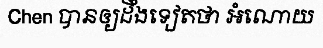
Chen បានឲ្យដឹងទៀតថា អំណោយ